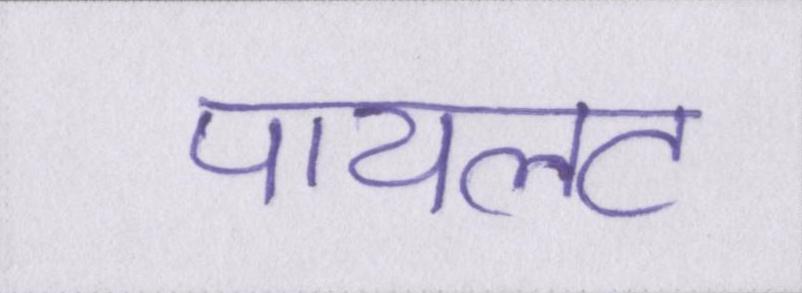
पायलट